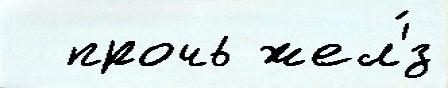
  прочь жел'́з